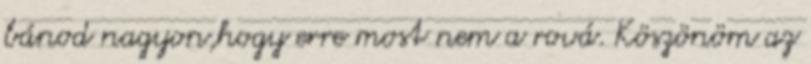
bánod nagyon,hogy erre most nem a rová. Köszönöm az